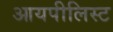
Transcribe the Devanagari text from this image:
आयपीलिस्ट